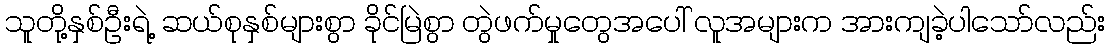
သူတို့နှစ်ဦးရဲ့ ဆယ်စုနှစ်များစွာ ခိုင်မြဲစွာ တွဲဖက်မှုတွေအပေါ် လူအများက အားကျခဲ့ပါသော်လည်း